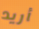
أريد